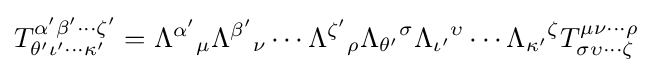
T_{\theta '\iota '\cdots \kappa '}^{\alpha '\beta '\cdots \zeta '}={\Lambda ^{\alpha '}}_{\mu }{\Lambda ^{\beta '}}_{\nu }\cdots {\Lambda ^{\zeta '}}_{\rho }{\Lambda _{\theta '}}^{\sigma }{\Lambda _{\iota '}}^{\upsilon }\cdots {\Lambda _{\kappa '}}^{\zeta }T_{\sigma \upsilon \cdots \zeta }^{\mu \nu \cdots \rho }